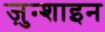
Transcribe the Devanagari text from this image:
ज़ुन्शाइन